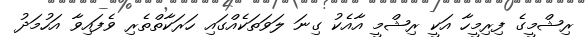
ރިޝްމީގެ ފިރިމީހާ އަކީ ރިޝްމީ އާއެކު ގިނަ ލަވަތަކެއްގައި ހަރަކާތްތެރި ވެފައިވާ އަހުމަދު